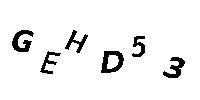
GEHD53